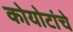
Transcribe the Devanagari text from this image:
कोयोटांचे